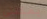
يمكنني